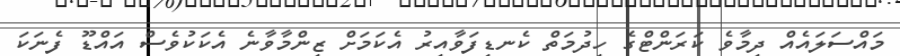
މައްސަލައެއް ދިމާވެ ކަރަންޓްގެ ހިދުމަތް ކެނޑިފަވާއިރު އެކަމަށް ޒިންމާވާނެ އެކަކުވެސް އައްޑޫ ފެނަކަ